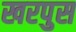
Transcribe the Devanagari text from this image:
खरपुस